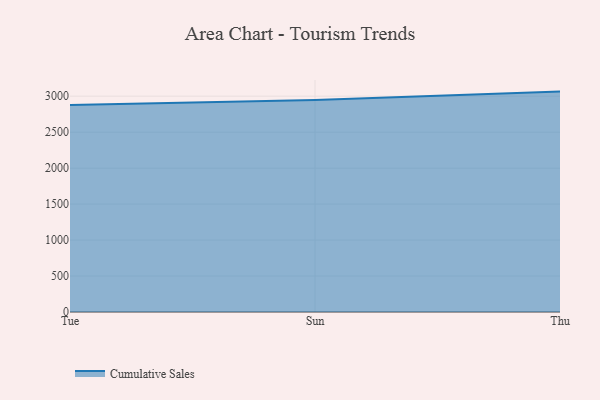
{"axis": {"x": "Day", "y": "Headcount"}, "legend": ["Cumulative Sales"], "data": [{"x": "Tue", "y": 2877.8, "type": "Cumulative Sales"}, {"x": "Sun", "y": 2947.4, "type": "Cumulative Sales"}, {"x": "Thu", "y": 3063.8, "type": "Cumulative Sales"}]}